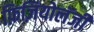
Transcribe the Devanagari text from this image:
फ़िज़ियोलॅजी